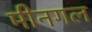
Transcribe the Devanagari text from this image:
मीनगल